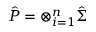
\hat { P } = \otimes _ { i = 1 } ^ { n } \hat { \Sigma }